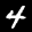
Label: 4